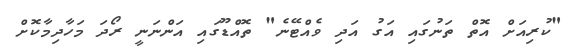
"ކުރިއަށް އޮތް ތަނުގައި އަގު އަދި ވެއްޓޭނެ" ތޮއްޑޫގައި އަންނަނީ ރޯދަ މަހާދިމާކޮށް